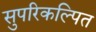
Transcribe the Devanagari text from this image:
सुपरिकल्पित